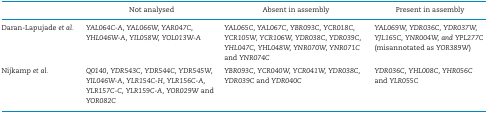
|  | Not analysed | Absent in assembly | Present in assembly |
 | --- | --- | --- | --- |
 | Daran-Lapujade et al. | YAL064C-A, YAL066W, YAR047C, YHL046W-A, YIL058W, YOL013W-A | YAL065C, YAL067C, YBR093C, YCR018C, YCR105W, YCR106W, YDR038C, YDR039C, YHL047C, YHL048W, YNR070W, YNR071C and YNR074C | YAL069W, YDR036C, YDR037W, YJL165C, YNR004W, and YPL277C (misannotated as YOR389W) |
 | Nijkamp et al. | Q0140, YDR543C, YDR544C, YDR545W, YIL046W-A, YLR154C-H, YLR156C-A, YLR157C-C, YLR159C-A, YOR029W and YOR082C | YBR093C, YCR040W, YCR041W, YDR038C, YDR039C and YDR040C | YDR036C, YHL008C, YHR056C and YLR055C |